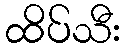
ထိပ်သီး